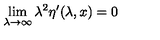
\lim _ { \lambda \rightarrow \infty } \lambda ^ { 2 } \eta ^ { \prime } ( \lambda , x ) = 0